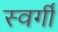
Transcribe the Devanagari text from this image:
स्वर्गीं